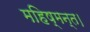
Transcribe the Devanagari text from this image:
महिष्मन्त।